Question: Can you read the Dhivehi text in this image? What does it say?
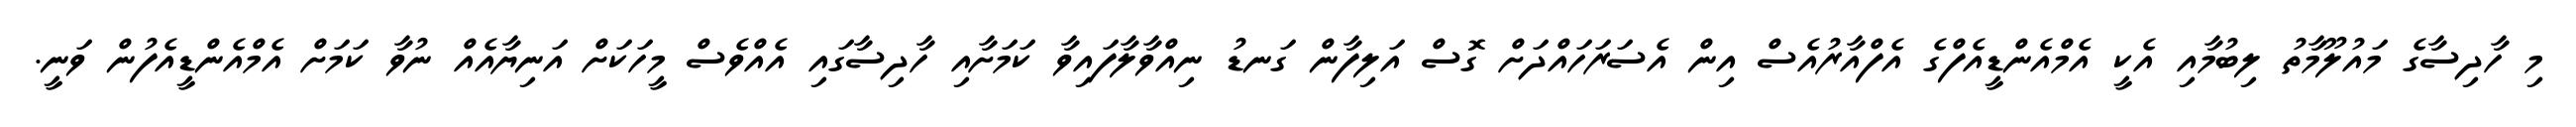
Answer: މި ހާދިސާގެ މައުލޫމާތު ލިބުމާއި އެކީ އެމްއެންޑީއެފްގެ އެފްއާރުއެސް އިން އެސަރަހައްދަށް ގޮސް އަލިފާން ގަނޑު ނިއްވާލާފައިވާ ކަމަށާއި ހާދިސާގައި އެއްވެސް މީހަކަށް އަނިޔާއެއް ނުވާ ކަމަށް އެމްއެންޑީއެފުން ވަނީ.